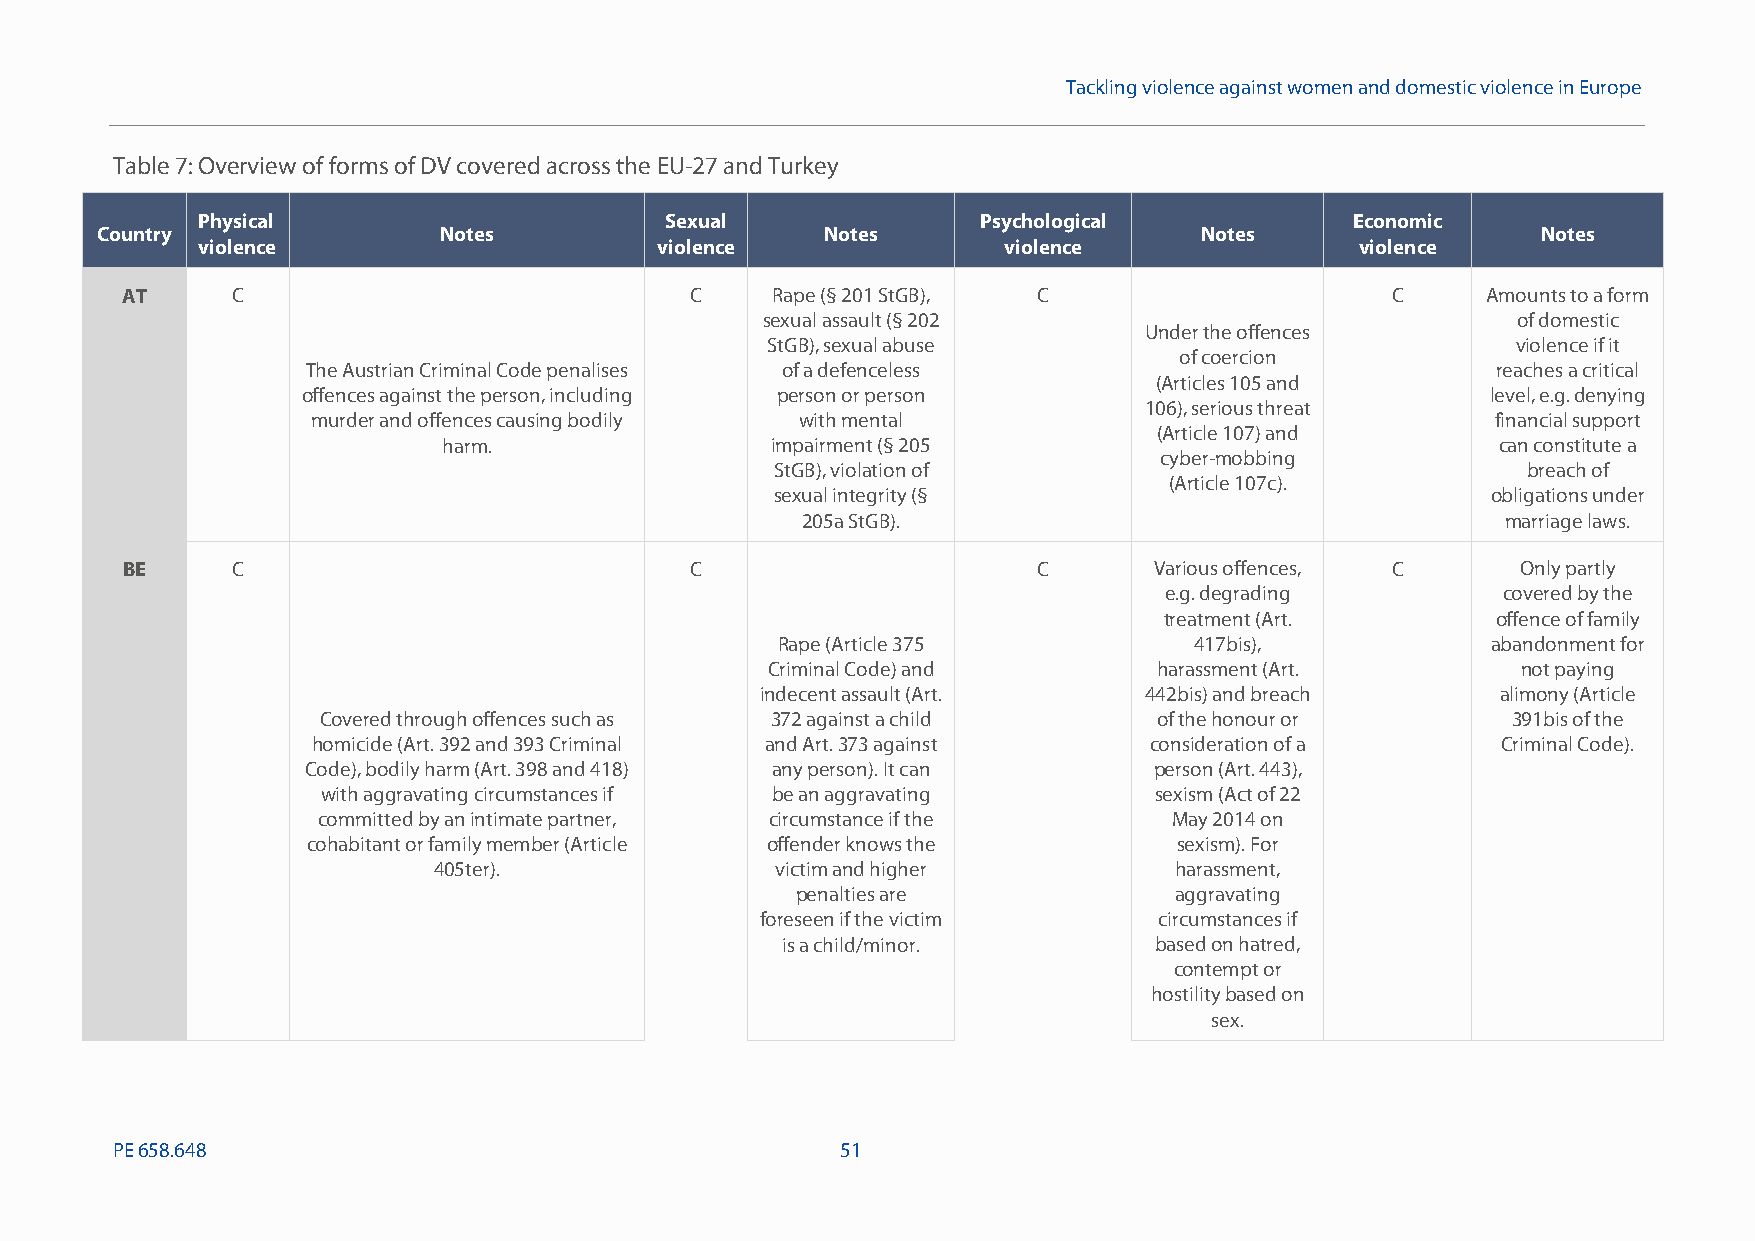
Tackling violence against women and domestic violence in Europe
 Table7: Overview of forms of DV covered across the EU-27 and Turkey
 Physical                       Sexual               Psychological            Economic
 Country                Notes                     Notes                   Notes                  Notes
 violence                      violence               violence                violence
 AT     C                              C    Rape (§ 201 StGB), C                     C     Amounts to a form
 sexual assault (§ 202                             of domestic
 Under the offences
 StGB), sexual abuse                              violence if it
 of coercion
 The Austrian Criminal Code penalises of a defenceless                          reaches a critical
 (Articles 105 and
 offences against the person, including person or person                        level, e.g. denying
 106), serious threat
 murder and offences causing bodily with mental                                financial support
 (Article 107) and
 harm.                 impairment (§ 205                               can constitute a
 cyber-mobbing
 StGB), violation of                               breach of
 (Article 107c).
 sexual integrity (§                             obligations under
 205a StGB).                                    marriage laws.
 BE     C                              C                      C      Various offences, C      Only partly
 e.g. degrading        covered by the
 treatment (Art.       offence of family
 Rape (Article 375           417bis),            abandonment for
 Criminal Code) and        harassment (Art.        not paying
 indecent assault (Art.    442bis) and breach     alimony (Article
 Covered through offences such as 372 against a child    of the honour or       391bis of the
 homicide (Art.392 and 393 Criminal and Art.373 against consideration of a     Criminal Code).
 Code), bodily harm (Art. 398 and 418) any person). It can person (Art.443),
 with aggravating circumstances if be an aggravating    sexism (Act of 22
 committed by an intimate partner, circumstance if the    May 2014 on
 cohabitant or family member (Article offender knows the   sexism). For
 405ter).              victim and higher          harassment,
 penalties are            aggravating
 foreseen if the victim     circumstances if
 is a child/minor.       based on hatred,
 contempt or
 hostilitybased on
 sex.
 PE658.648                                        51